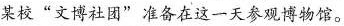
某校”文博社团”准备在这一天参观博物馆。